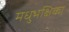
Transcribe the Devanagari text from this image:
मधुभक्षिका